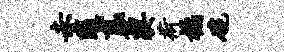
赤随襄契荷橘碗